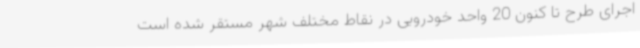
اجرای طرح تا کنون 20 واحد خودرویی در نقاط مختلف شهر مستقر شده است